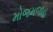
મોજમજાહ